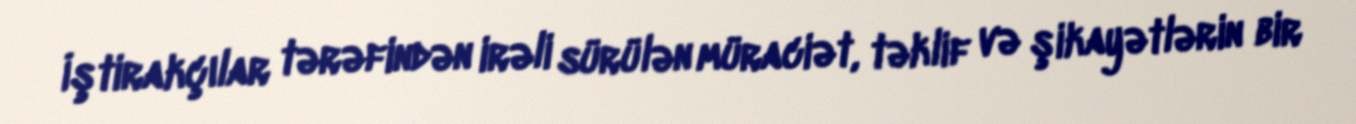
İştirakçılar tərəfindən irəli sürülən müraciət, təklif və şikayətlərin bir